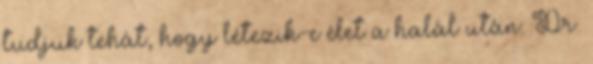
tudjuk tehát, hogy létezik-e élet a halál után. Dr.